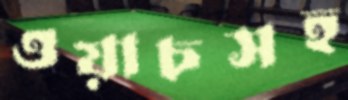
ওয়াচসহ